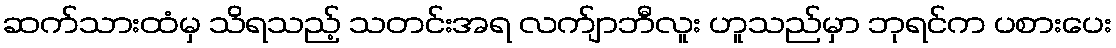
ဆက်သားထံမှ သိရသည့် သတင်းအရ လက်ျာဘီလူး ဟူသည်မှာ ဘုရင်က ပစားပေး